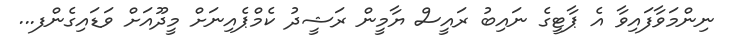
ނިންމަވާފައިވާ އެ ޕާޓީގެ ނައިބު ރައީސް ޔާމީން ރަޝީދު ކެމްޕެއިނަށް މީދޫއަށް ވަޑައިގެންފ...